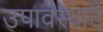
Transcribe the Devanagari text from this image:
उपावस्थाएँ